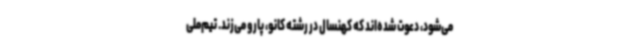
می‌شود، دعوت شده‌اند که کهنسال در رشته کانو، پارو می‌زند. تیم‌ملی